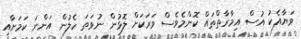
ވަޔާއެކު އުސް އިމާރާތްތައް ކޮންމެވެސް ވަރަކަށް ލޮޅުން ނުވަތަ ހެލުން އަންނަ ކަމަށާއި